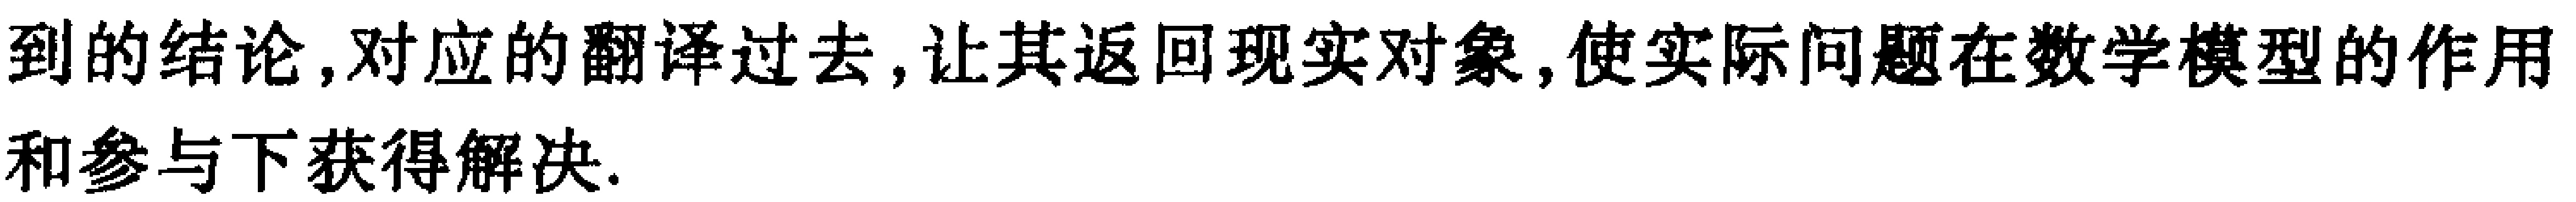
到的结论,对应的翻译过去,让其返回现实对象,使实际问题在数学模型的作用和参与下获得解决.